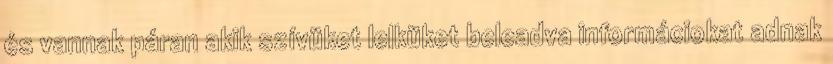
és vannak páran akik szí­vüket lelküket beleadva informáciokat adnak